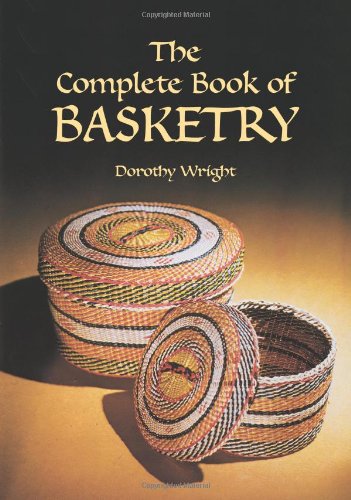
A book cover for The Complete Book of Basketry; Dorothy Wright; Crafts, Hobbies & Home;